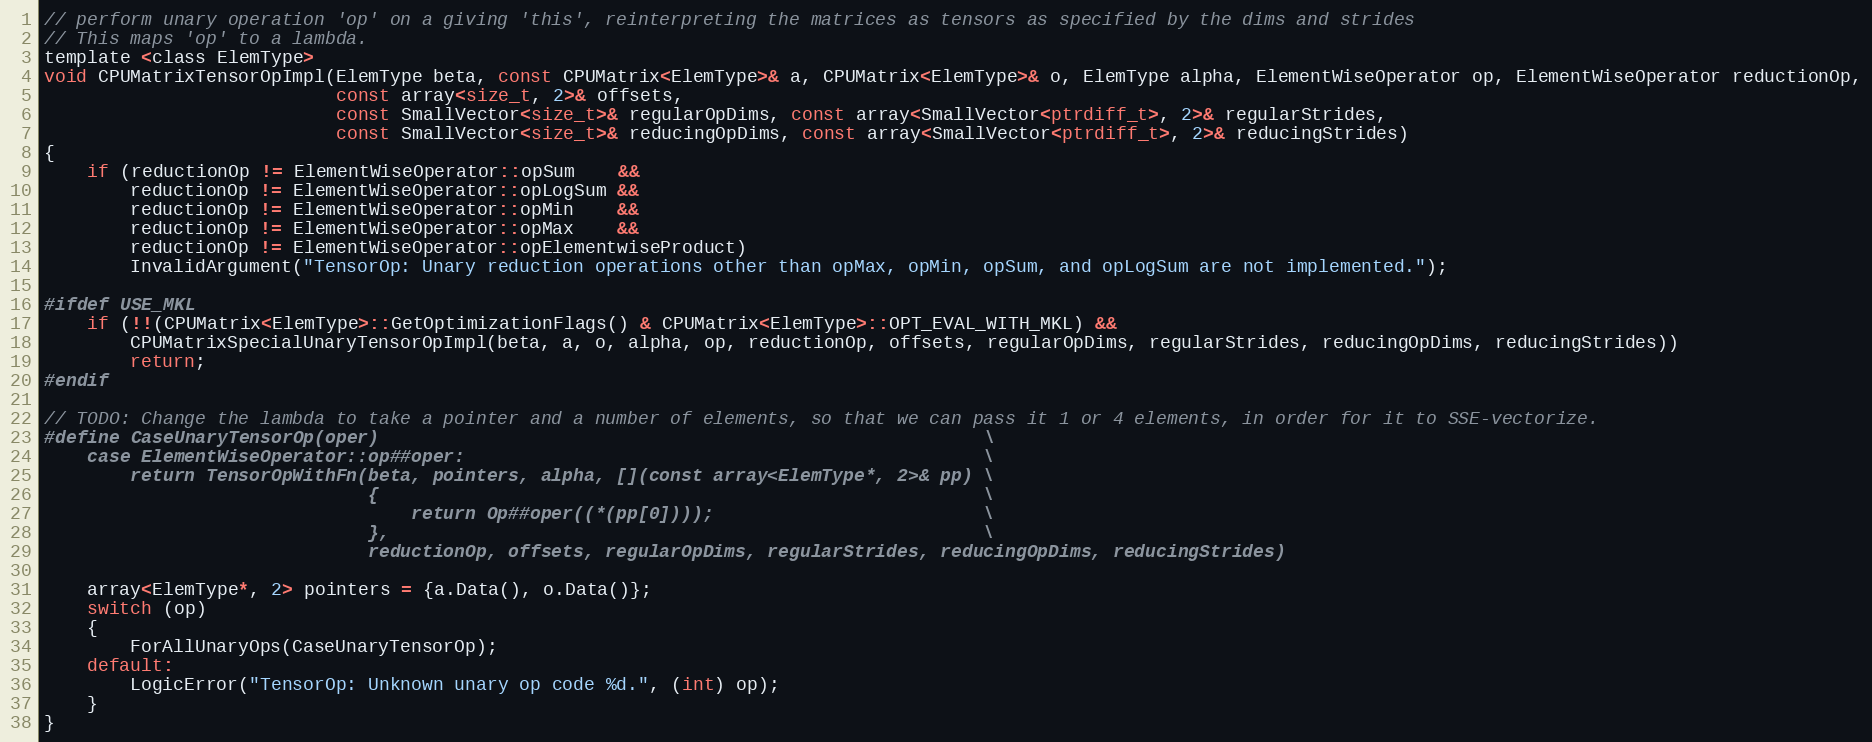
Language: C
// perform unary operation 'op' on a giving 'this', reinterpreting the matrices as tensors as specified by the dims and strides
// This maps 'op' to a lambda.
template <class ElemType>
void CPUMatrixTensorOpImpl(ElemType beta, const CPUMatrix<ElemType>& a, CPUMatrix<ElemType>& o, ElemType alpha, ElementWiseOperator op, ElementWiseOperator reductionOp,
                           const array<size_t, 2>& offsets,
                           const SmallVector<size_t>& regularOpDims, const array<SmallVector<ptrdiff_t>, 2>& regularStrides,
                           const SmallVector<size_t>& reducingOpDims, const array<SmallVector<ptrdiff_t>, 2>& reducingStrides)
{
    if (reductionOp != ElementWiseOperator::opSum    &&
        reductionOp != ElementWiseOperator::opLogSum &&
        reductionOp != ElementWiseOperator::opMin    &&
        reductionOp != ElementWiseOperator::opMax    &&
        reductionOp != ElementWiseOperator::opElementwiseProduct)
        InvalidArgument("TensorOp: Unary reduction operations other than opMax, opMin, opSum, and opLogSum are not implemented.");

#ifdef USE_MKL
    if (!!(CPUMatrix<ElemType>::GetOptimizationFlags() & CPUMatrix<ElemType>::OPT_EVAL_WITH_MKL) &&
        CPUMatrixSpecialUnaryTensorOpImpl(beta, a, o, alpha, op, reductionOp, offsets, regularOpDims, regularStrides, reducingOpDims, reducingStrides))
        return;
#endif

// TODO: Change the lambda to take a pointer and a number of elements, so that we can pass it 1 or 4 elements, in order for it to SSE-vectorize.
#define CaseUnaryTensorOp(oper)                                                        \
    case ElementWiseOperator::op##oper:                                                \
        return TensorOpWithFn(beta, pointers, alpha, [](const array<ElemType*, 2>& pp) \
                              {                                                        \
                                  return Op##oper((*(pp[0])));                         \
                              },                                                       \
                              reductionOp, offsets, regularOpDims, regularStrides, reducingOpDims, reducingStrides)

    array<ElemType*, 2> pointers = {a.Data(), o.Data()};
    switch (op)
    {
        ForAllUnaryOps(CaseUnaryTensorOp);
    default:
        LogicError("TensorOp: Unknown unary op code %d.", (int) op);
    }
}